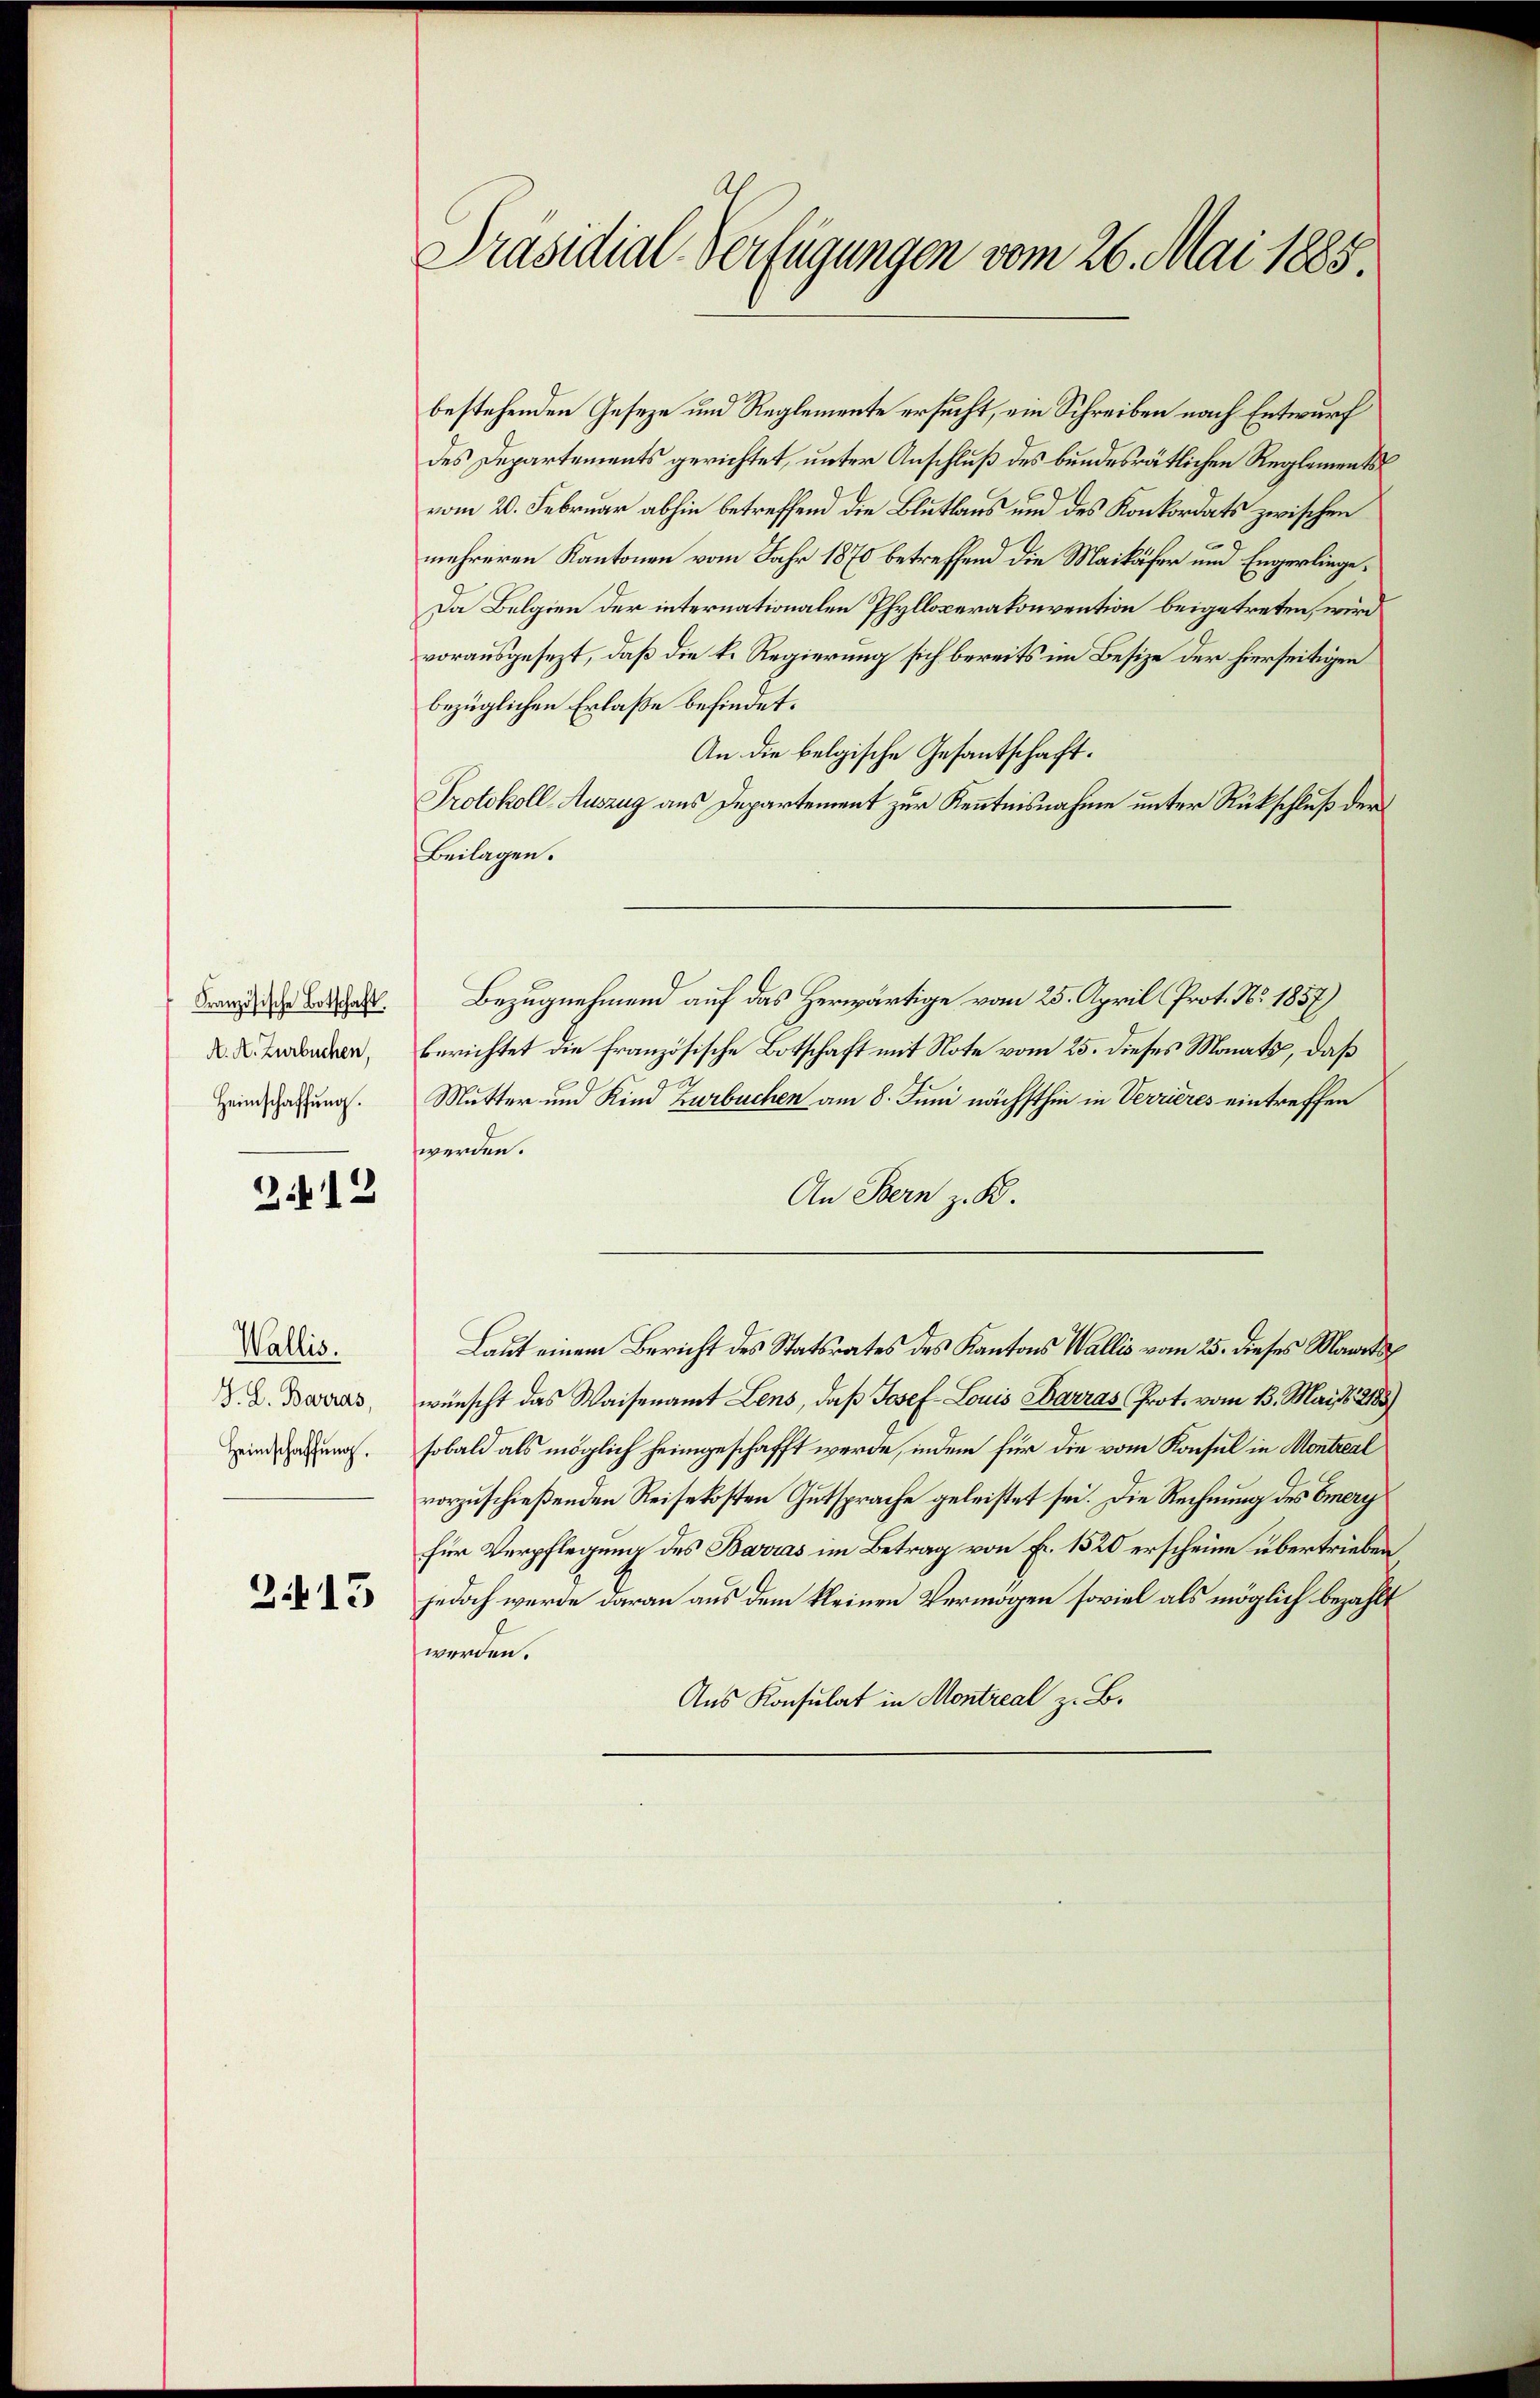
Französische Botschaft.
A. A. Zurbuchen,
Heimschaffung.

2.12

Wallis.
J. L. Barras,
Heimschaffung.

2.415

Präsidial-Verfügungen vom 26. Mai 1885.

bestehenden Geseze und Reglemente ersucht, ein Schreiben nach Entwurf
des Departements gerichtet, unter Anschluß des bundesrätlichen Reglements
vom 20. Februar abhin betreffend die Blutlaus und des Konkordats zwischen
mehreren Kantonen vom Jahr 1870 betreffend die Maikäfer und Engerlinge¬
Da Belgien der internationalen Phylloperakonvention beigetreten, wird
vorausgesezt, daß die k. Regierung sich bereits im Besize der hierseitigen
bezüglichen Erlaße befindet.
An die belgische Gesantschaft.
Protokoll-Auszug aus Departement zur Kenntnisnahme unter Rückschluß der
Beilagen.
Bezugnehmend auf das Herwärtige vom 25. April (Prot. No. 1857)
berichtet die Französische Botschaft mit Note vom 25. dieses Monats, daß
Mutter und Kind Zurbuchen am 8. Juni nächsthin in Verrieres eintreffen
werden.
An Bern z. B.
Laut einem Bericht des Statsrates des Kantons Wallis vom 25. dieses Marits
wünscht das Waisenamt Lens, daß Josef- Louis Barras Prot. vom 13. Mai 1821859
sobald als möglich heimgeschafft werde, indem für die vom Konsul in Montreal
vorzuschießenden Reisekosten Gutsprache geleistet sei. Die Rechnung des Omery
für Verpflegung des Bavias im Betrag von Fr. 1520 erscheine übertrieben
jedoch werde daran aus dem kleinen Vermögen soviel als möglich bezahlt
werden.
Aus Konsulat in Montreal z. B.